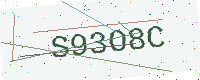
Text: S93O8C